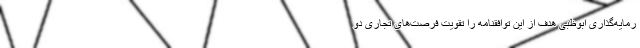
رمایه‌گذاری ابوظبی هدف از این توافقنامه را تقویت فرصت‌های تجاری دو